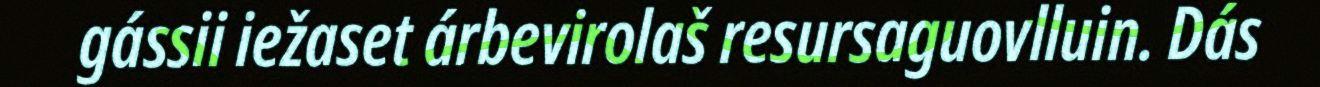
gássii iežaset árbevirolaš resursaguovlluin. Dás